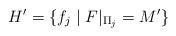
LaTeX: \begin{align*} H'= \{f_j\mid F|_{\Pi_j}=M'\} \end{align*}